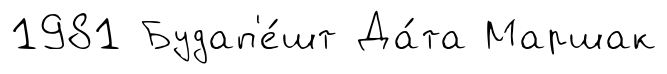
1981 Будап'е́шт Да́та Маршак